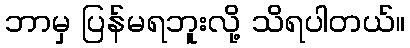
ဘာမှ ပြန်မရဘူးလို့ သိရပါတယ်။